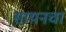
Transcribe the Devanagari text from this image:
सायनचा